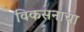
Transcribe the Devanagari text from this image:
विकसनाचा